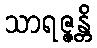
သာရဇ္ဇန္တိ